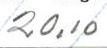
20,10